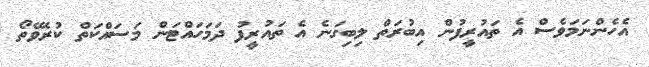
އެހެންނަމަވެސް އެ ތައުރީފުން އިބުރަތް ލިބިގަނެ އެ ތައުރީފު ދަމަހައްޓަން މަސައްކަތް ކުރެވޭތޯ